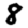
Digit: 8